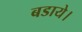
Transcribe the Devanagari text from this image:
बडाये।